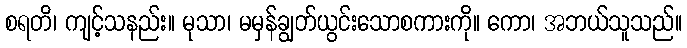
စရတိ၊ ကျင့်သနည်း။ မုသာ၊ မမှန်ချွတ်ယွင်းသောစကားကို။ ကော၊ အဘယ်သူသည်။